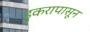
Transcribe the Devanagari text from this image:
डुकरापासून